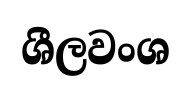
ශීලවංශ